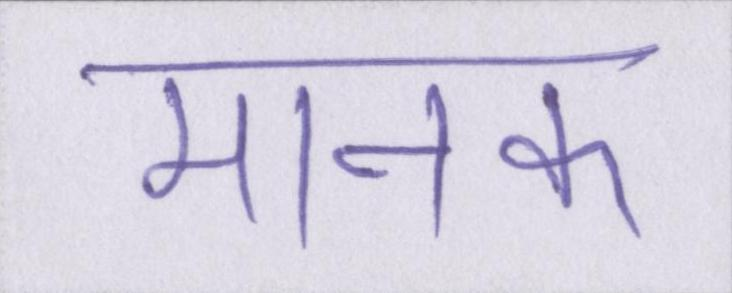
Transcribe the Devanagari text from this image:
मानक